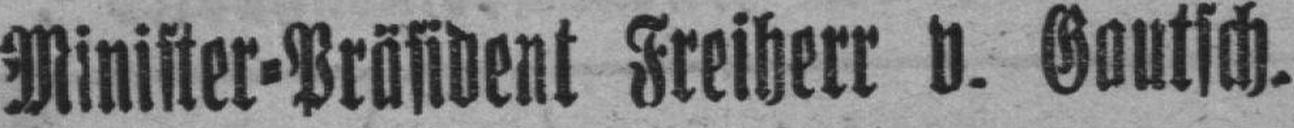
Minister=Präsident Freiherr v. Gautsch.